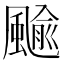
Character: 䬔